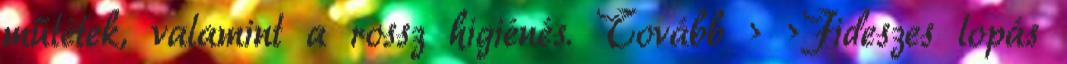
műtétek, valamint a rossz higiénés. Tovább › ›Fideszes lopás